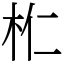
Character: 𣏴